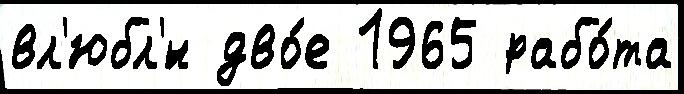
вл'юбл'́н дво́е 1965 рабо́та